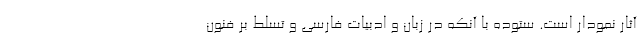
آثار نمودار است. ستوده با آنکه در زبان و ادبیات فارسی و تسلط بر فنونِ